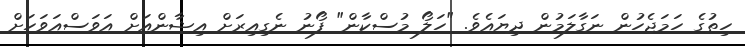
ހިތުގެ ހަމަޖެހުން ނަގާލަމުން ދިޔައެވެ. "ހަލޯ މުސްކާން" ފޯނު ނެގިއިރަށް އިޝާންއަށް އަވަސްއަވަހަށް